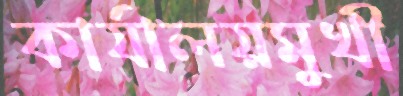
কার্যালয়মুখী